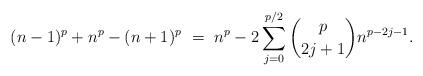
LaTeX: \begin{align*}(n-1)^{p} + n^{p} - (n+1)^{p} \ = \ n^{p} - 2 \sum_{j=0}^{p/2} \binom{p}{2j+1}n^{p-2j-1}.\end{align*}